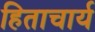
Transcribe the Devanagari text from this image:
हिताचार्य